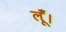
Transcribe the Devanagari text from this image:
लूँ।